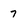
Character: 7